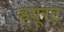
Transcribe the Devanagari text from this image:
ड्यूरंट